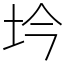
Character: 坅